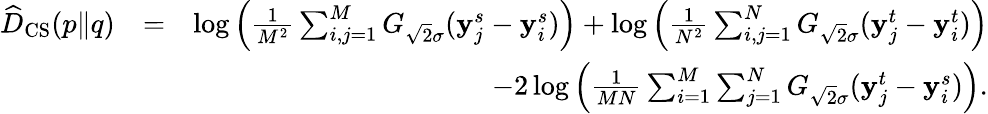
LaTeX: \begin{array}{rlr}{\widehat{D}_{\mathrm{CS}}(p\| q)}&{=}&{\log\left(\frac{1}{M^{2}}\sum_{i,j=1}^{M}G_{\sqrt{2}\sigma}(\mathbf{y}_{j}^{s}-\mathbf{y}_{i}^{s})\right)+\log\left(\frac{1}{N^{2}}\sum_{i,j=1}^{N}G_{\sqrt{2}\sigma}(\mathbf{y}_{j}^{t}-\mathbf{y}_{i}^{t})\right)}\\ &{}&{-2\log\left(\frac{1}{MN}\sum_{i=1}^{M}\sum_{j=1}^{N}G_{\sqrt{2}\sigma}(\mathbf{y}_{j}^{t}-\mathbf{y}_{i}^{s})\right).}\end{array}